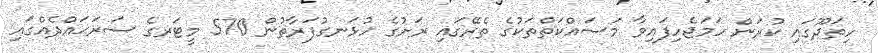
ހިތަދޫގައި ކުރަން ހަމަޖެހިފައިވާ މަސައްކަތްތަކުގެ ތެރޭގައި ރަށުގެ ހުޅަނގުފަރާތުން 570 މީޓަރގެ ސަރަޙައްދެއްގައި